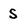
Character: S